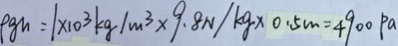
p g h = 1 \times 1 0 ^ { 3 } k g / m ^ { 3 } \times 9 . 8 N / k g \times 0 . 5 m = 4 9 0 0 P a